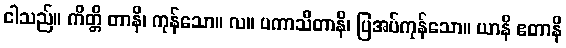
ငါသည်။ ကိတ္တိ တာနိ၊ ကုန်သော။ လ။ ပကာသိတာနိ၊ ပြအပ်ကုန်သော။ ယာနိ ဧတာနိ